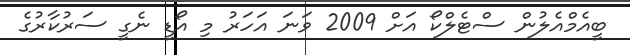
ބީއެމްއެލުން ސްޓެލްކޯ އަށް 2009 ވަނަ އަހަރު މި އޯޑީ ނެގީ ސަރުކާރުގެ